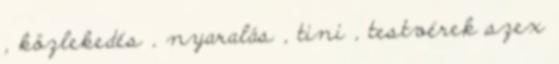
, közlekedés , nyaralás , tini , testvérek szex